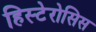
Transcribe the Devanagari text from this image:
हिस्टेरोसिस